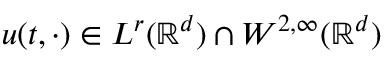
u ( t , \cdot ) \in L ^ { r } ( \mathbb { R } ^ { d } ) \cap W ^ { 2 , \infty } ( \mathbb { R } ^ { d } )